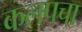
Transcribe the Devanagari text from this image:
कलपचा